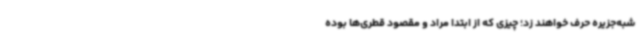
شبه‌جزیره حرف خواهند زد؛ چیزی که از ابتدا مراد و مقصود قطری‌ها بوده